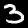
Label: 3